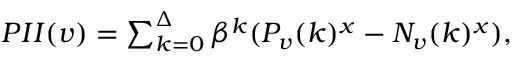
\begin{array} { r } { P I I ( v ) = \sum _ { k = 0 } ^ { \Delta } \beta ^ { k } ( P _ { v } ( k ) ^ { x } - N _ { v } ( k ) ^ { x } ) , } \end{array}